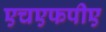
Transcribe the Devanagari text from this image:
एचएफपीए